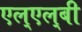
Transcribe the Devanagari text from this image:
एल्‌एल्‌बी